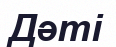
Дәті